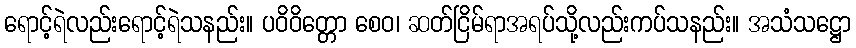
ရောင့်ရဲလည်းရောင့်ရဲသနည်း။ ပဝိဝိတ္တော စေဝ၊ ဆတ်ငြိမ်ရာအရပ်သို့လည်းကပ်သနည်း။ အသံသဋ္ဌော